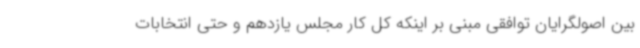
بین اصولگرایان توافقی مبنی بر اینکه کل کار مجلس یازدهم و حتی انتخابات